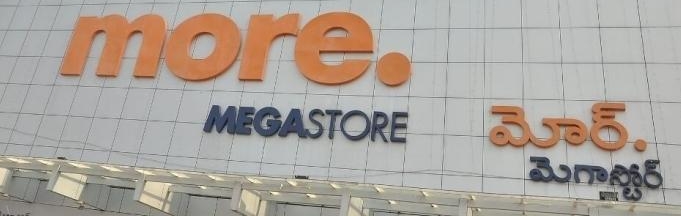
Language: telugu
Transcription: మోర్. మెగాస్టోర్